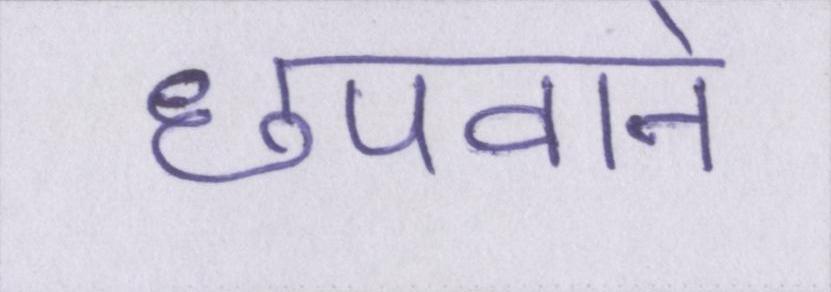
छपवाने